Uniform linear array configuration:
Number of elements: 48
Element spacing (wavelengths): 0.5
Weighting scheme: binomial
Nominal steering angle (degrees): -15
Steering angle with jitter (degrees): -15.114
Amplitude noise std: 0.05
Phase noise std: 0.05

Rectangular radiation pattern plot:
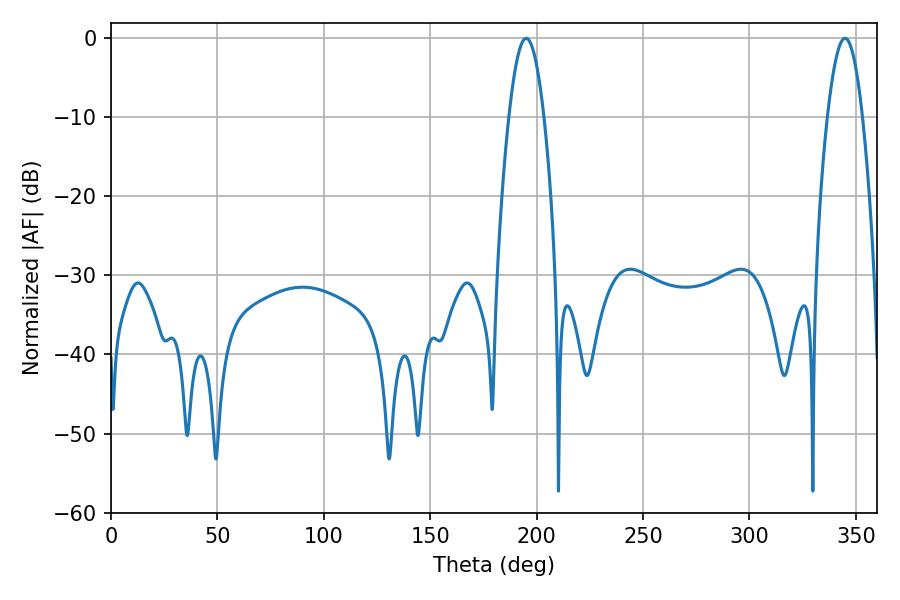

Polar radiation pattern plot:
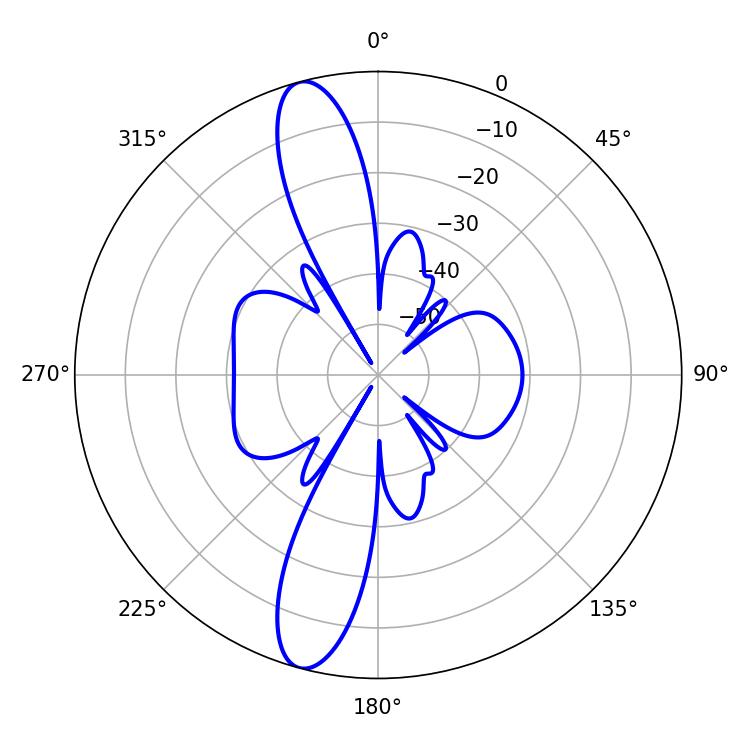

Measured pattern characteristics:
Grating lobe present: FALSE
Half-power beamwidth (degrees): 9
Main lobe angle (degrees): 195.12